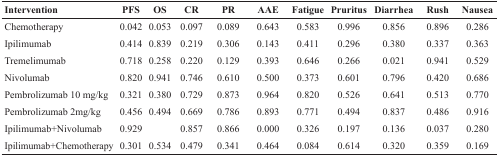
<table><thead><tr><td><b>Intervention</b></td><td><b>PFS</b></td><td><b>OS</b></td><td><b>CR</b></td><td><b>PR</b></td><td><b>AAE</b></td><td><b>Fatigue</b></td><td><b>Pruritus</b></td><td><b>Diarrhea</b></td><td><b>Rush</b></td><td><b>Nausea</b></td></tr></thead><tbody><tr><td>Chemotherapy</td><td>0.042</td><td>0.053</td><td>0.097</td><td>0.089</td><td>0.643</td><td>0.583</td><td>0.996</td><td>0.856</td><td>0.896</td><td>0.286</td></tr><tr><td>Ipilimumab</td><td>0.414</td><td>0.839</td><td>0.219</td><td>0.306</td><td>0.143</td><td>0.411</td><td>0.296</td><td>0.380</td><td>0.337</td><td>0.363</td></tr><tr><td>Tremelimumab</td><td>0.718</td><td>0.258</td><td>0.220</td><td>0.129</td><td>0.393</td><td>0.646</td><td>0.266</td><td>0.021</td><td>0.941</td><td>0.529</td></tr><tr><td>Nivolumab</td><td>0.820</td><td>0.941</td><td>0.746</td><td>0.610</td><td>0.500</td><td>0.373</td><td>0.601</td><td>0.796</td><td>0.420</td><td>0.686</td></tr><tr><td>Pembrolizumab 10 mg/kg</td><td>0.321</td><td>0.380</td><td>0.729</td><td>0.873</td><td>0.964</td><td>0.820</td><td>0.526</td><td>0.641</td><td>0.513</td><td>0.770</td></tr><tr><td>Pembrolizumab 2mg/kg</td><td>0.456</td><td>0.494</td><td>0.669</td><td>0.786</td><td>0.893</td><td>0.771</td><td>0.494</td><td>0.837</td><td>0.486</td><td>0.916</td></tr><tr><td>Ipilimumab+Nivolumab</td><td>0.929</td><td></td><td>0.857</td><td>0.866</td><td>0.000</td><td>0.326</td><td>0.197</td><td>0.136</td><td>0.037</td><td>0.280</td></tr><tr><td>Ipilimumab+Chemotherapy</td><td>0.301</td><td>0.534</td><td>0.479</td><td>0.341</td><td>0.464</td><td>0.084</td><td>0.614</td><td>0.320</td><td>0.359</td><td>0.169</td></tr></tbody></table>